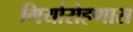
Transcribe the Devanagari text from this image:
गिर्यारोहणास